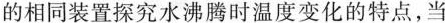
的相同装置探究水沸腾时温度变化的特点，当